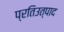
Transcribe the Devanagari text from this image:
प्रतिउत्पाद